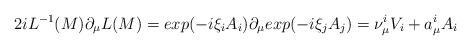
LaTeX: \begin{align*}2i L^{-1}(M)\partial_\mu L(M)= exp({-i}\xi_i A_i)\partial_\mu exp({-i}\xi_j A_j) = \nu_\mu^iV_i + a_\mu^i A_i\end{align*}